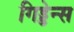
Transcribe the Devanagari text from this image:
गिड्डेन्स